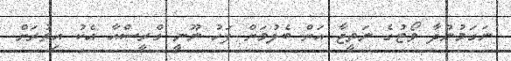
ނަގަމުންދާ ވޯޓުގެ ނަތީޖާ އަށް ބެލުމަށް ފަހު ނޫނީ ގްރީސްއާ އެކު އިތުރަށް